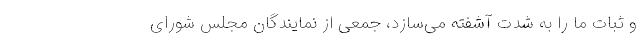
و ثباتِ ما را به شدت آشفته می‌سازد، جمعی از نمایندگان مجلس شورای